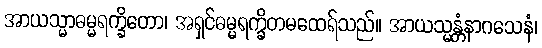
အာယသ္မာဓမ္မရက္ခိတော၊ အရှင်ဓမ္မရက္ခိတမထေရ်သည်။ အာယသ္မန္တံနာဂသေနံ၊